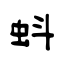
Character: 蚪